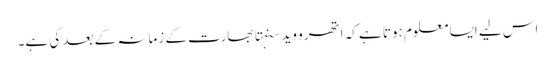
اس لیے ایسا معلوم ہوتا ہے کہ اتھرو وید سنہتا بھارت کے زمانہ کے بعد کی ہے۔